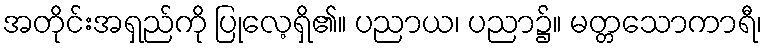
အတိုင်းအရှည်ကို ပြုလေ့ရှိ၏။ ပညာယ၊ ပညာ၌။ မတ္တသောကာရီ၊